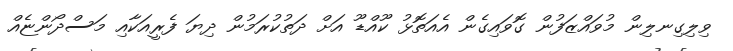
ވިލިގިނލިން މުވައްޒަފުން ގޮވައިގެން އެއަތޮޅު ކޫއްޑޫ އަށް ދަތުކުރަމުން ދިޔަ ފެރީއަކާއި މަސްދޯންޏެއް